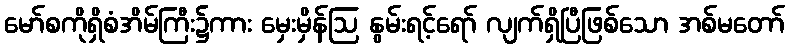
မော်စကိုရှိစံအိမ်ကြီး၌ကား မှေးမှိန်ဩ နွမ်းရင့်ရော် လျက်ရှိပြီဖြစ်သော အစ်မတော်